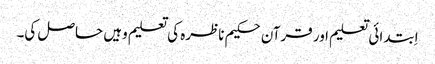
اِبتدائی تعلیم اور قرآن حکیم ناظرہ کی تعلیم وہیں حاصل کی۔